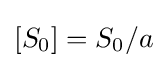
[S_{0}]=S_{0}/a